Report on vaccination in Madras 1895-1903 - 1895-1903
Year: 1895
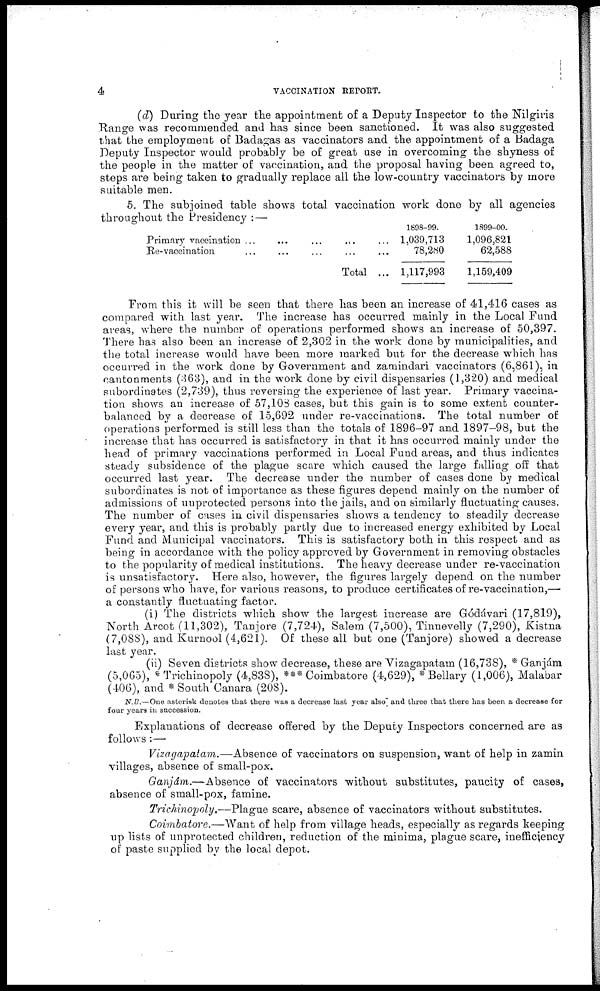
4
VACCINATION REPORT.
(d) During the year the appointment of a Deputy Inspector to the Nilgiris
Range was recommended and has since been sanctioned. It was also suggested
that the employment of Badagas as vaccinators and the appointment of a Badaga
Deputy Inspector would probably be of great use in overcoming the shyness of
the people in the matter of vaccination, and the proposal having been agreed to,
steps are being taken to gradually replace all the low-country vaccinators by more
suitable men.
5. The subjoined table shows total vaccination work done by all agencies
throughout the Presidency :—
Primary vaccination ... ... ... ... ...
Re-vaccination ... ... ... ... ...
Total ...
1898-99.
1,039,713
78,280
1,117,993
1899-00.
1,096,821
62,588
1,159,409
From this it will be seen that there has been an increase of 41,416 cases as
compared with last year. The increase has occurred mainly in the Local Fund
areas, where the number of operations performed shows an increase of 50,397.
There has also been an increase of 2,302 in the work done by municipalities, and
the total increase would have been more marked but for the decrease which has
occurred in the work done by Government and zamindari vaccinators (6,861), in
cantonments (363), and in the work done by civil dispensaries (1,320) and medical
subordinates (2,739), thus reversing the experience of last year. Primary vaccina-
tion shows an increase of 57,108 cases, but this gain is to some extent counter-
balanced by a decrease of 15,692 under re-vaccinations. The total number of
operations performed is still less than the totals of 1896-97 and 1897-98, but the
increase that has occurred is satisfactory in that it has occurred mainly under the
head of primary vaccinations performed in Local Fund areas, and thus indicates
steady subsidence of the plague scare which caused the large falling off that
occurred last year. The decrease under the number of cases done by medical
subordinates is not of importance as these figures depend mainly on the number of
admissions of unprotected persons into the jails, and on similarly fluctuating causes.
The number of cases in civil dispensaries shows a tendency to steadily decrease
every year, and this is probably partly due to increased energy exhibited by Local
Fund and Municipal vaccinators. This is satisfactory both in this respect and as
being in accordance with the policy approved by Government in removing obstacles
to the popularity of medical institutions. The heavy decrease under re-vaccination
is unsatisfactory. Here also, however, the figures largely depend on the number
of persons who have, for various reasons, to produce certificates of re-vaccination,—
a constantly fluctuating factor.
(i) The districts which show the largest increase are Gódávari (17,819),
North Arcot (11,302), Tanjore (7,724), Salem (7,500), Tinnevelly (7,290), Kistna
(7,088), and Kurnool (4,621). Of these all but one (Tanjore) showed a decrease
last year.
(ii) Seven districts show decrease, these are Vizagapatam (16,738), * Ganjám
(5,065), * Trichinopoly (4,838), *** Coimbatore (4,629), * Bellary (1,006), Malabar
(406), and * South Canara (208).
N.B.—One asterisk denotes that there was a decrease last year also and three that there has been a decrease for
four years in succession.
Explanations of decrease offered by the Deputy Inspectors concerned are as
follows:—
Vizagapatam.—Absence of vaccinators on suspension, want of help in zamin
villages, absence of small-pox.
Ganjám.—Absence of vaccinators without substitutes, paucity of cases,
absence of small-pox, famine.
Trichinopoly.—Plague scare, absence of vaccinators without substitutes.
Coimbatore.—Want of help from village heads, especially as regards keeping
up lists of unprotected children, reduction of the minima, plague scare, inefficiency
of paste supplied by the local depot.